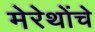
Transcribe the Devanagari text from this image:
मेरेथोंचे